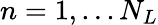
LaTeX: n=1,...N_{L}